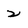
Character: 2